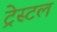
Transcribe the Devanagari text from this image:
ट्रेस्टल